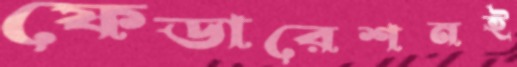
ফেডারেশনই